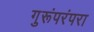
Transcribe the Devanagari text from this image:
गुरूंपरंपरा